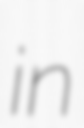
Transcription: in